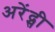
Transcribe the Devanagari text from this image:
अरेंद्सी